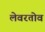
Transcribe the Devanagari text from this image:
लेवरतोव